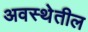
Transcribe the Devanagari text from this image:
अवस्‍थेतील